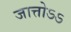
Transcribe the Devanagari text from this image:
जात्तोऽऽ